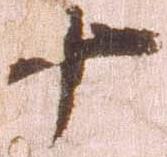
十